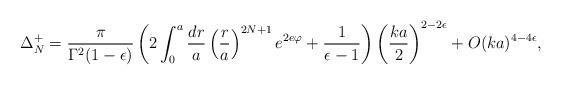
LaTeX: \begin{align*}\Delta^{+}_N = \frac{\pi}{\Gamma^2(1-\epsilon)} \left( 2 \int^a_0 \frac{dr}{a} \left(\frac{r}{a}\right)^{2N+1} e^{2 e \varphi} + \frac{1}{\epsilon - 1}\right) \left(\frac{ka}{2}\right)^{2 - 2\epsilon} + O(ka)^{4-4\epsilon},\end{align*}